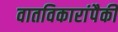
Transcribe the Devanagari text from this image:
वातविकारांपैकी